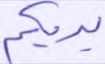
يريكم